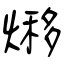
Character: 熪